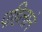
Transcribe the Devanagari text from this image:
पहिलाने